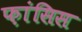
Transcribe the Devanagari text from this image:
फ़ांसिस